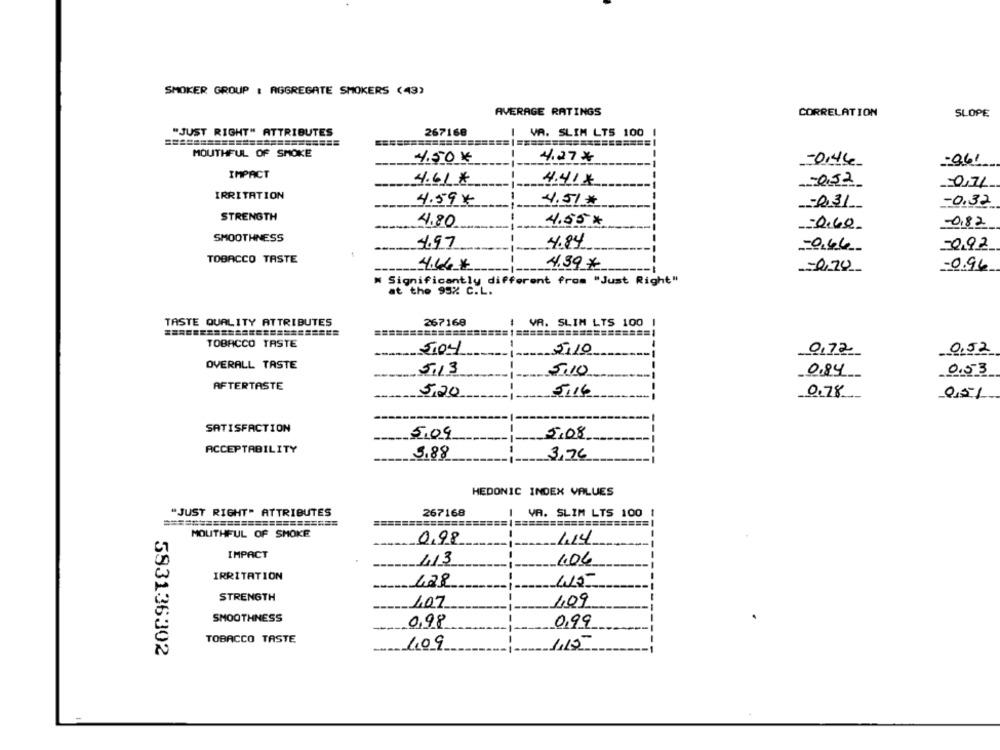
SMOKER GROUP : AGGREGATE SMOKERS (43)
AVERAGE RATINGS
CORRELATION
SLOPE
"JUST RIGHT" ATTRIBUTES
267168
IVA. SLIM LTS 100 1
MOUTHFUL OF SMOKE
4.50 €
4.27€
-0,44
-061
IMPACT
4.61€
4.41X
0.52
0,71
IRRITATION
4.59 X
4.51*
-0.32
231
STRENGTH
---
4.80
4.55#
0.60
-0,82
SMOOTHNESS
-
4.97
4.84
-0,66
0,92
TOBACCO TASTE
4.66 €
4.39 *
0,70
0.96
Significantly different from "Just Right"
at the 95% C.L.
TASTE QUALITY ATTRIBUTES
267169
VA. SLIM LTS 100
===================
TOBACCO TASTE
5,04
5,10
0,72
0,52
OVERALL TASTE
5.13
5.10
0.84
0.53
AFTERTASTE
5,20
5,16
0.78
0,5%
SATISFACTION
5.09
5,08
ACCEPTABILITY
5.88
3,76
HEDONIC INDEX VALUES
"JUST RIGHT" ATTRIBUTES
267168
I VA. SLIM LTS 100 1
MOUTHFUL OF SMOKE
0,98
4.14
IMPACT
413
106
IRRITATION
428
415
STRENGTH
1.07
409
SMOOTHNESS
0,98
0,99
TOBACCO TASTE
1.09
4.15
593136302